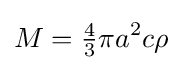
M={\tfrac {4}{3}}\pi a^{2}c\rho